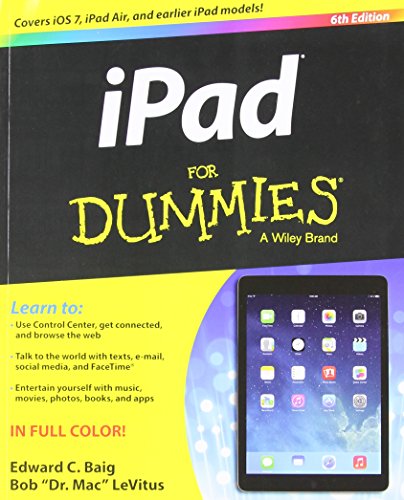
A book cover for iPad For Dummies; Edward C. Baig; Computers & Technology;